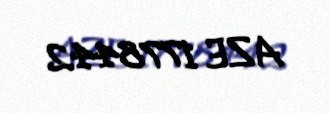
AZE 1778442